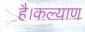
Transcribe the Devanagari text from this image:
है।कल्याण